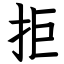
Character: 拒